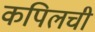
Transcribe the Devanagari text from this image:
कपिलची